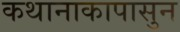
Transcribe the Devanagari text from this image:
कथानाकापासुन